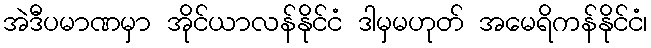
အဲဒီပမာဏမှာ အိုင်ယာလန်နိုင်ငံ ဒါမှမဟုတ် အမေရိကန်နိုင်ငံ၊